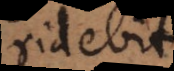
ridebit.